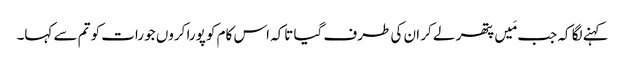
کہنے لگا کہ جب مَیں پتھر لے کر ان کی طرف گیا تاکہ اس کام کو پورا کروں جو رات کو تم سے کہا۔